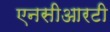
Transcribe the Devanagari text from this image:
एनसीआरटी